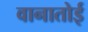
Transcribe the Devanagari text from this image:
वानातोई